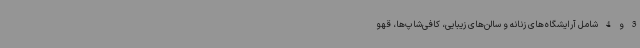
3 و 4 شامل آرایشگاه‌های زنانه و سالن‌های زیبایی، کافی‌شاپ‌ها، قهو